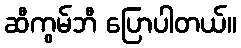
ဆီကွမ်ဘီ ပြောပါတယ်။